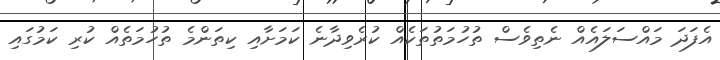
އެފަދަ މައްސަލައެއް ނެތިވެސް ތުހުމަތުތަކެއް ކުރެވިދާނެ ކަމަށާއި ކިތަންމެ ތުހުމަތެއް ކުރި ކަމުގައި